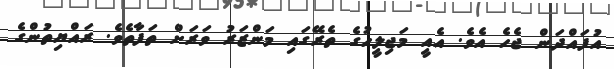
އުފައްދަން ޖެހެ އެވެ. އެއީ މަޖިލީހުގެ ތެރޭގައި މަންޒަރު ވަރަށް ތަފާތެވެ. ރައްޔިތުންގެ